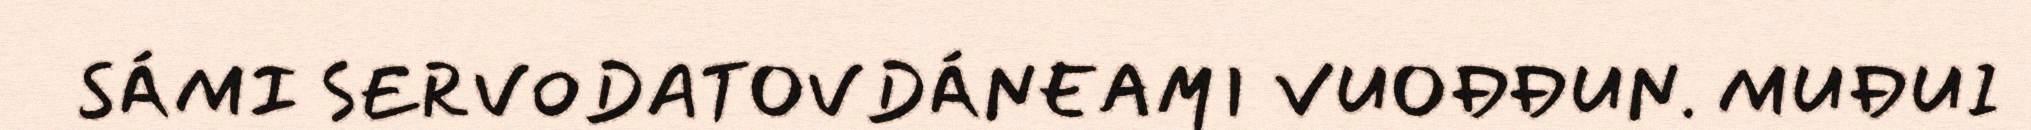
SÁMI SERVODATOVDÁNEAMI VUOĐĐUN. MUĐUI